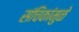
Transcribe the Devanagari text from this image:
संचिकांमुळे